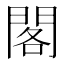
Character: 閣